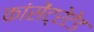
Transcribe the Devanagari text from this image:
कांसेंट्रेटेड